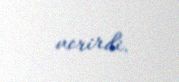
verirdi.